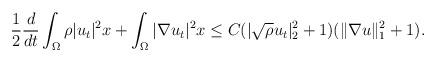
LaTeX: \begin{align*}&\frac{1}{2}\frac{d}{dt}\int_{\Omega}\rho |u_t|^2 x+\int_{\Omega}|\nabla u_t|^2x\leq C(|\sqrt{\rho}u_t|^2_{2}+1)(\|\nabla u\|^2_1+1).\end{align*}